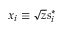
x _ { i } \equiv \sqrt { z } s _ { i } ^ { * }